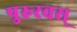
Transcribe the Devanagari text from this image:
पुरुरवस्‌